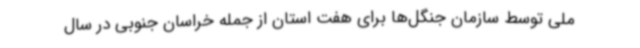
ملی توسط سازمان جنگل‌ها برای هفت استان از جمله خراسان جنوبی در سال